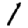
Digit: 1